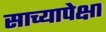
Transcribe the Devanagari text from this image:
साच्यापेक्षा